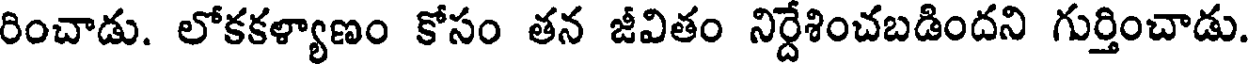
రించాడు. లోకకళ్యాణం కోసం తన జీవితం నిర్దేశించబడిందని గుర్తించాడు.